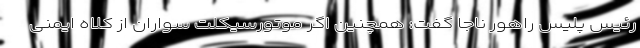
رئیس پلیس راهور ناجا گفت: همچنین اگر موتورسیکلت سواران از کلاه ایمنی